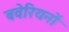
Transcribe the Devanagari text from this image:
बवेरियनों